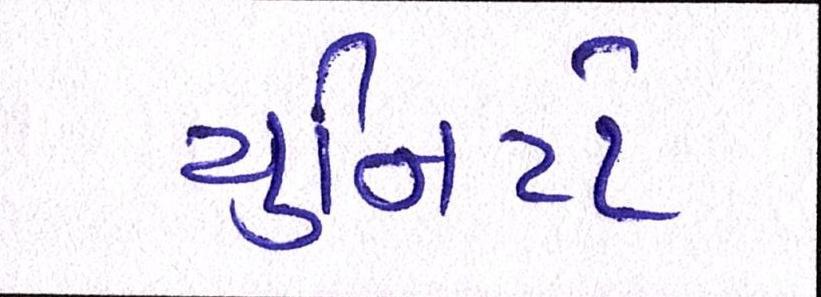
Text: યુનિટો